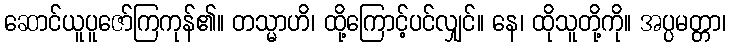
ဆောင်ယူပူဇော်ကြကုန်၏။ တသ္မာဟိ၊ ထို့ကြောင့်ပင်လျှင်။ နေ၊ ထိုသူတို့ကို။ အပ္ပမတ္တာ၊